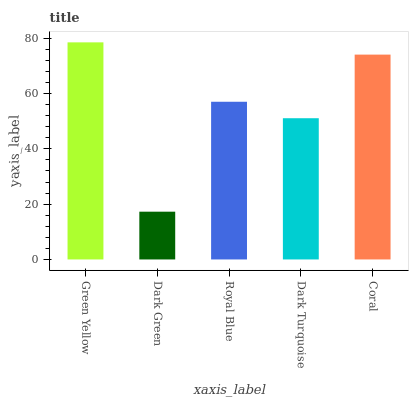
| xaxis_label | bars |
 | --- | --- |
 | Green Yellow | 78.5 |
 | Dark Green | 17.3 |
 | Royal Blue | 57 |
 | Dark Turquoise | 51.1 |
 | Coral | 74.1 |